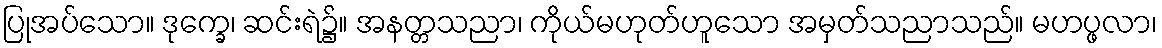
ပြုအပ်သော။ ဒုက္ခေ၊ ဆင်းရဲ၌။ အနတ္တသညာ၊ ကိုယ်မဟုတ်ဟူသော အမှတ်သညာသည်။ မဟပ္ဖလာ၊